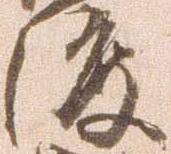
渡